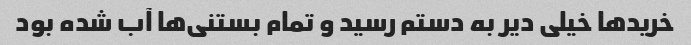
خرید‌ها خیلی دیر به دستم رسید و تمام بستنی‌ها آب شده بود